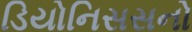
ડિયોનિસસનો